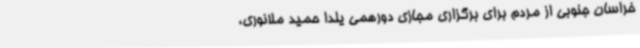
خراسان جنوبی از مردم برای برگزاری مجازی دورهمی یلدا حمید ملانوری،